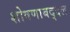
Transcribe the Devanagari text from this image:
शोषणाबद्दल